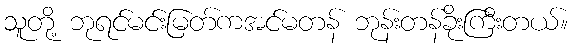
သူတို့ ဘုရင်မင်းမြတ်ကအင်မတန် ဘုန်းတန်ခိုးကြီးတယ်။